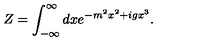
Z = \int _ { - \infty } ^ { \infty } d x e ^ { - m ^ { 2 } x ^ { 2 } + i g x ^ { 3 } } .